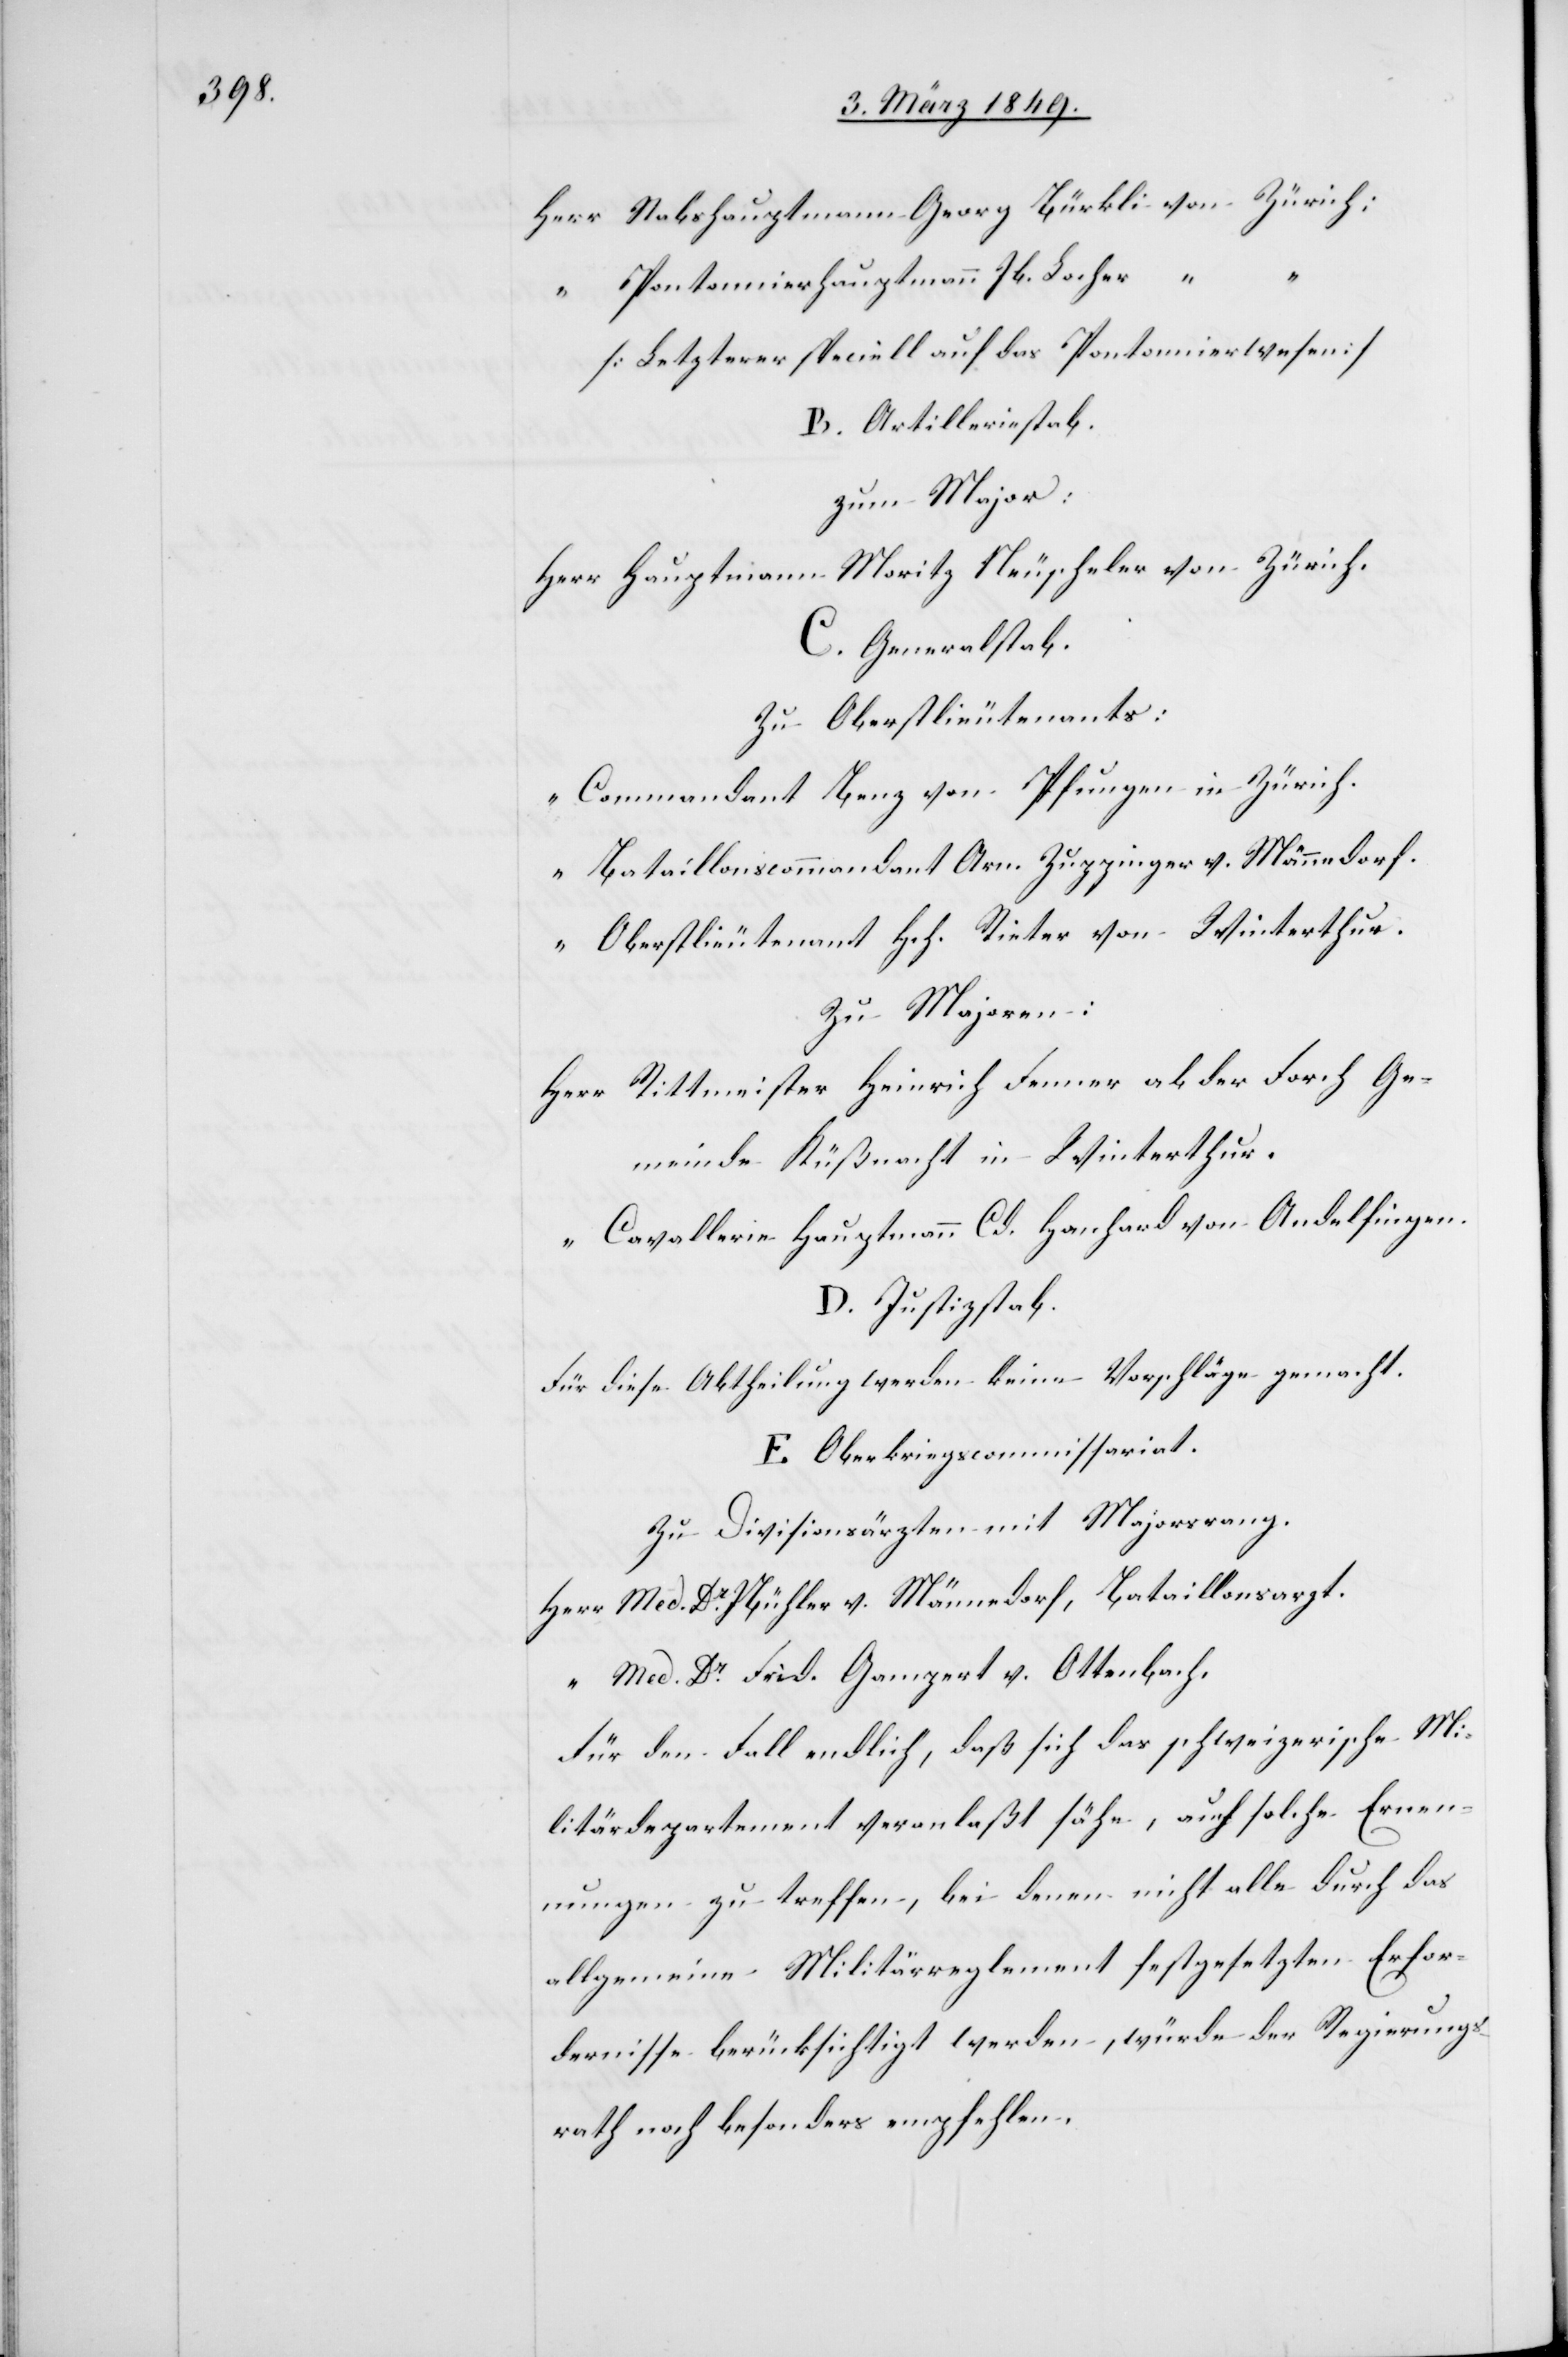
Herr Stabshauptmann Georg Bürkli von Zürich;
“ Pontonnierhauptmann Jb. Locher “ “
[Letzterer speciell auf das Pontonnierwesen]
B. Artilleriestab.
zum Major:
Herr Hauptmann Moritz Neuscheler von Zürich.
C. Generalstab.
Zu Oberstlieutenants:
Commandant Benz von Pfungen in Zürich.
“ Bataillonscommandant Arn. Zuppinger v. Männedorf.
“ Oberstlieutenant Hch. Rieter von Winterthur.
Zu Majoren:
Herr Rittmeister Heinrich Fenner ab der Forch Ge¬
meinde Küßnacht in Winterthur.
“ Cavallerie-Hauptmann Cd. Hanhard von Andelfingen.
D. Justizstab.
Für diese Abtheilung werden keine Vorschläge gemacht.
E. Oberkriegscommissariat.
Zu Divisionsärzten mit Majorsrang.
Herr Med. Dr. JBühler v. Männedorf, Bataillonsarzt.
“ Med. Dr. Frid. Gampert v. Ottenbach.
Für den Fall endlich, daß sich das schweizerische Mi¬
litärdepartement veranlaßt sähe, auf solche Ernen¬
nungen zu treffen, bei denen nicht alle durch das
allgemeine Militärreglement festgesetzten Erfor¬
dernisse berücksichtigt werden, würde der Regierungs¬
rath noch besonders empfehlen,